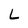
Character: L